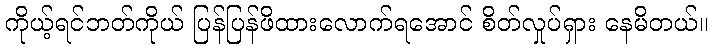
ကိုယ့်ရင်ဘတ်ကိုယ် ပြန်ပြန်ဖိထားလောက်ရအောင် စိတ်လှုပ်ရှား နေမိတယ်။